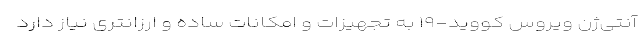
آنتی‌ژن ویروس کووید-۱۹ به تجهیزات و امکانات ساده و ارزانتری نیاز دارد